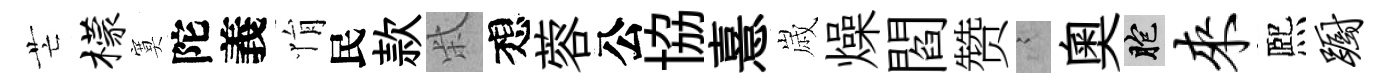
芒檬寞陀義悁民款柴想蓉公協憙𡻕燥閻赞謭奥胞来熈蹰